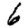
Digit: 6